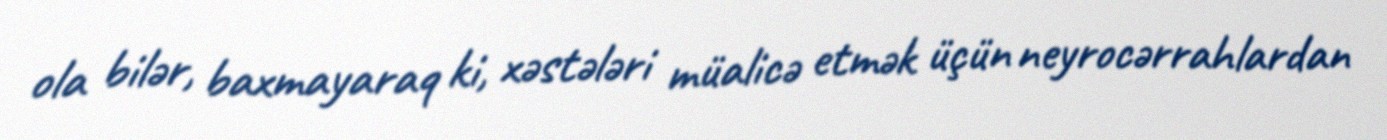
ola bilər, baxmayaraq ki, xəstələri müalicə etmək üçün neyrocərrahlardan